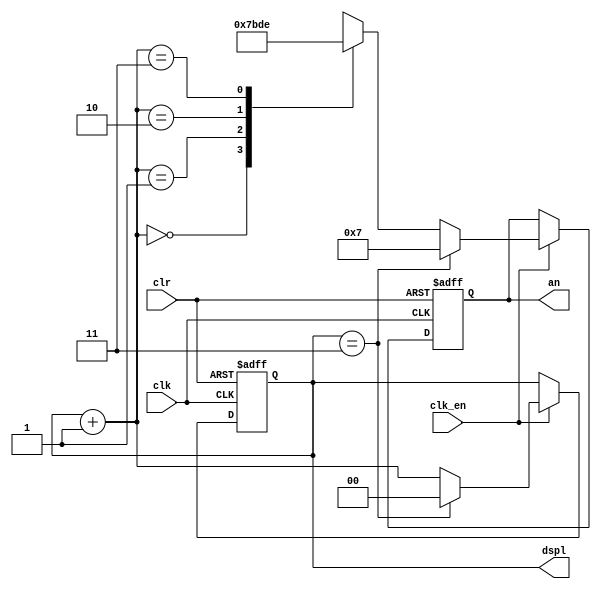
/*******************************************************************************
Anode Driver can only light up ONE display at a time.

It will turn on all four displays one by one in 1 ms (i.e. frequency is 1 kHz) 
to make it look like all displays are on at the same time.

Inputs:
    clk:    1-bit clock signal
    clk_en: 1-bit clock enabler signal
    clr:    1-bit clear signal

Outputs:
    an:     4-bit anode control signal used to control 4 seven-segment displays
            (0 is on, 1 is off)

            For Digilent BASYS 3 Artix 7 FPGA Trainer Board: 
                - an[3] = AN3 (pin W4) leftmost seven-segment display
                - an[2] = AN2 (pin V4)
                - an[1] = AN1 (pin U4)
                - an[0] = AN0 (pin U2) rightmost seven-segment display

    dspl:   2-bit display select signal (which seven-segment display to turn on)
*******************************************************************************/

`timescale 1ns / 1ps

module anode_driver(
    input clk,
    input clk_en,
    input clr,
    output reg [3:0] an = 4'b0111, // 0 is on, 1 is off
    output reg [1:0] dspl = 2'b00
    );
    
    /***************************************************************************
     There are 3 senarios where 'clr' should be handled:

        1. clr is high before and low after the posedge of clk
            i.e. clk: 0 0 0 1 1 1 0 0 0 ... 
                 clr: 0 1 0 0 0 0 0 0 0 ...

        2. clr is high before and after the posedge of clk
            i.e. clk: 0 0 0 1 1 1 0 0 0 ...
                 clr: 0 0 1 0 1 0 0 0 0 ...

        3. clr is low before and high after the posedge of clk
            i.e. clk: 0 0 0 1 1 1 0 0 0 ...
                 clr: 0 0 0 0 1 0 0 0 0 ...
    ***************************************************************************/
    always @(posedge clk or posedge clr) begin
        if (clr) begin
            dspl = 2'b00;
            an = 4'b0111;
        end
        else if (clk_en) begin
            if (dspl == 3) begin
                dspl = 2'b00;
                an = 4'b0111;
            end
            else begin
                dspl = dspl + 1;

                case(dspl)
                    0       : an = 4'b0111; // turns on leftmost display
                    1       : an = 4'b1011;
                    2       : an = 4'b1101;
                    3       : an = 4'b1110; // turns on rightmost display
                    default : an = 4'bxxxx; // for troubleshooting
                endcase
            end
        end
    end
endmodule